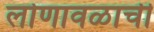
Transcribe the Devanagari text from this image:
लोणावळाची